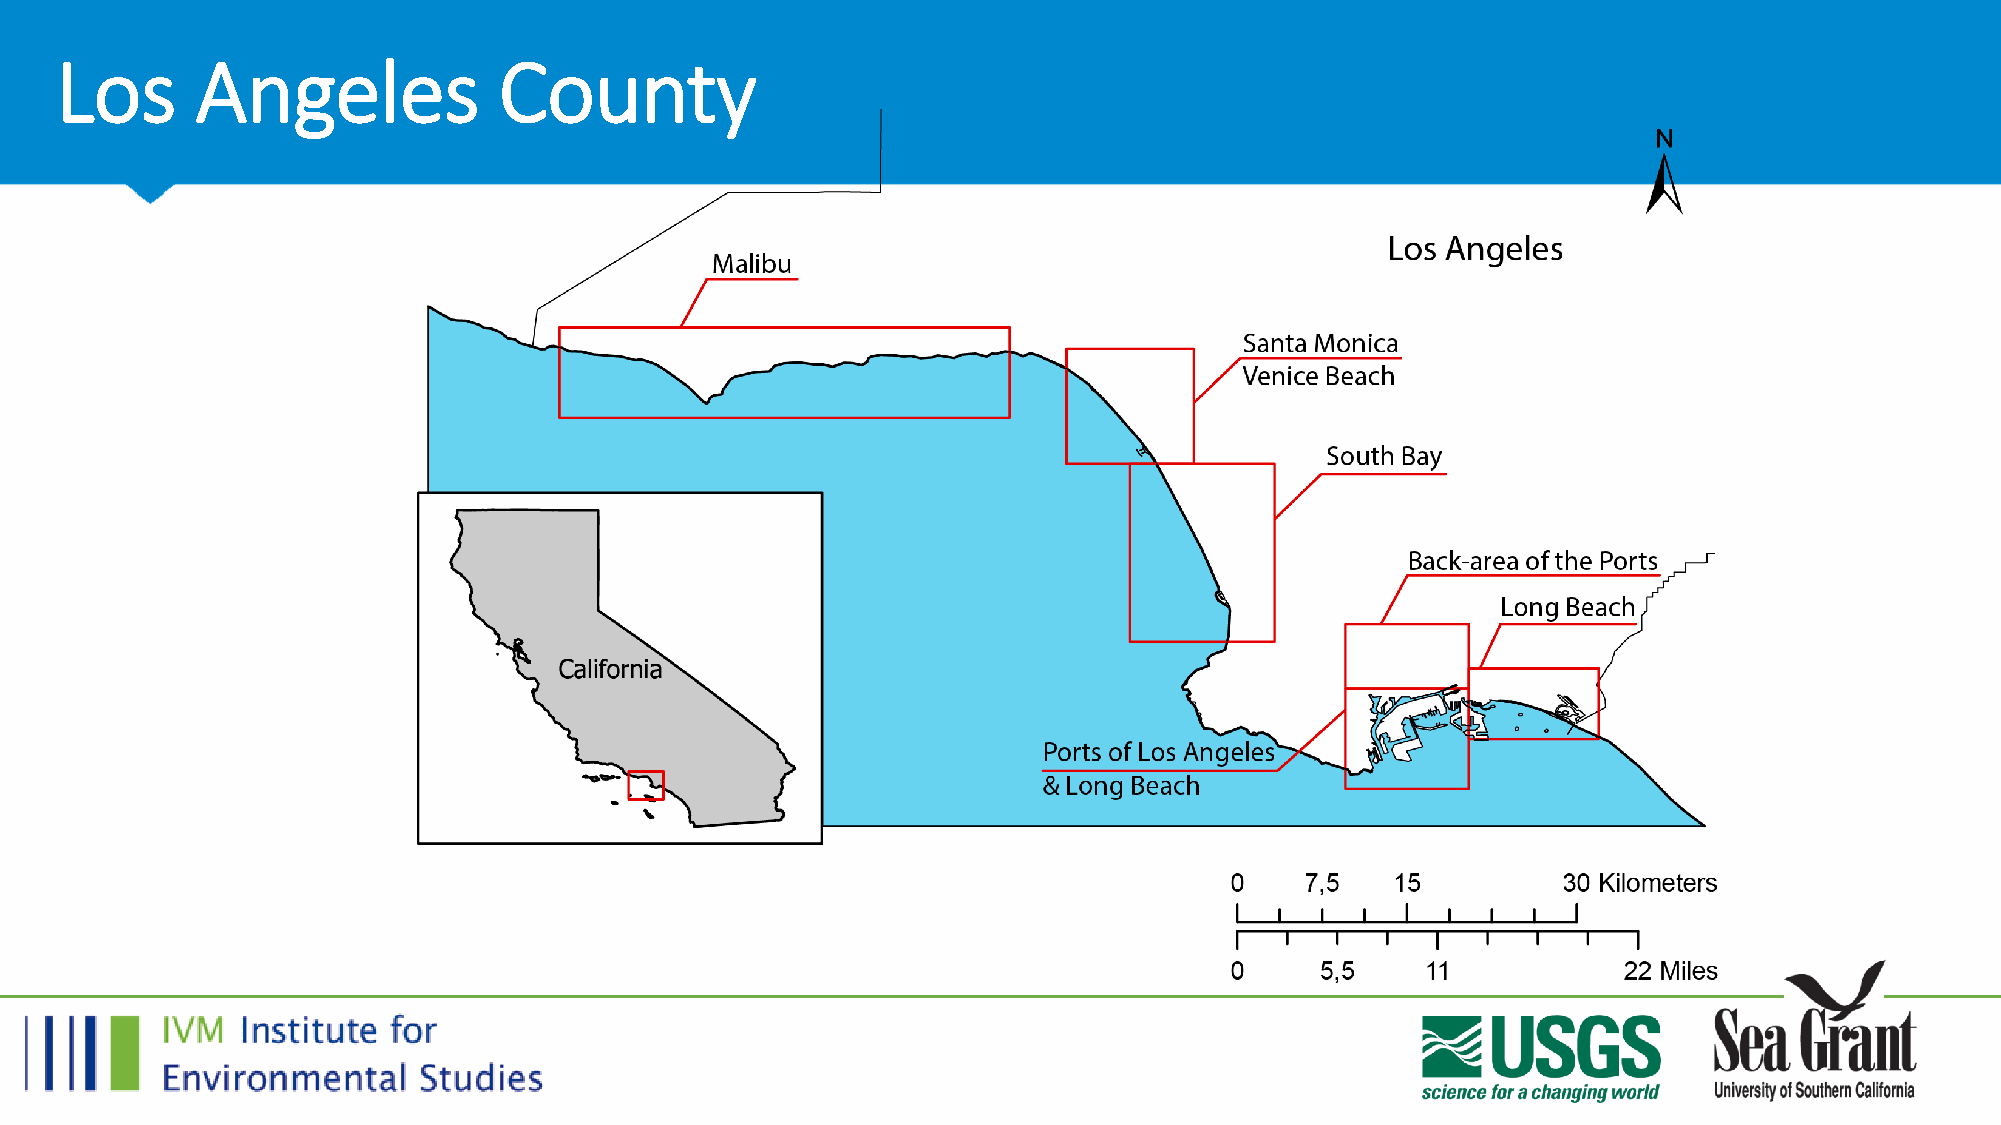
Los      Angeles             County